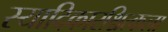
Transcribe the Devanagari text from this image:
स्यादिकारश्चित्कला